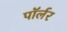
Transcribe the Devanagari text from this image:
पॉर्लर